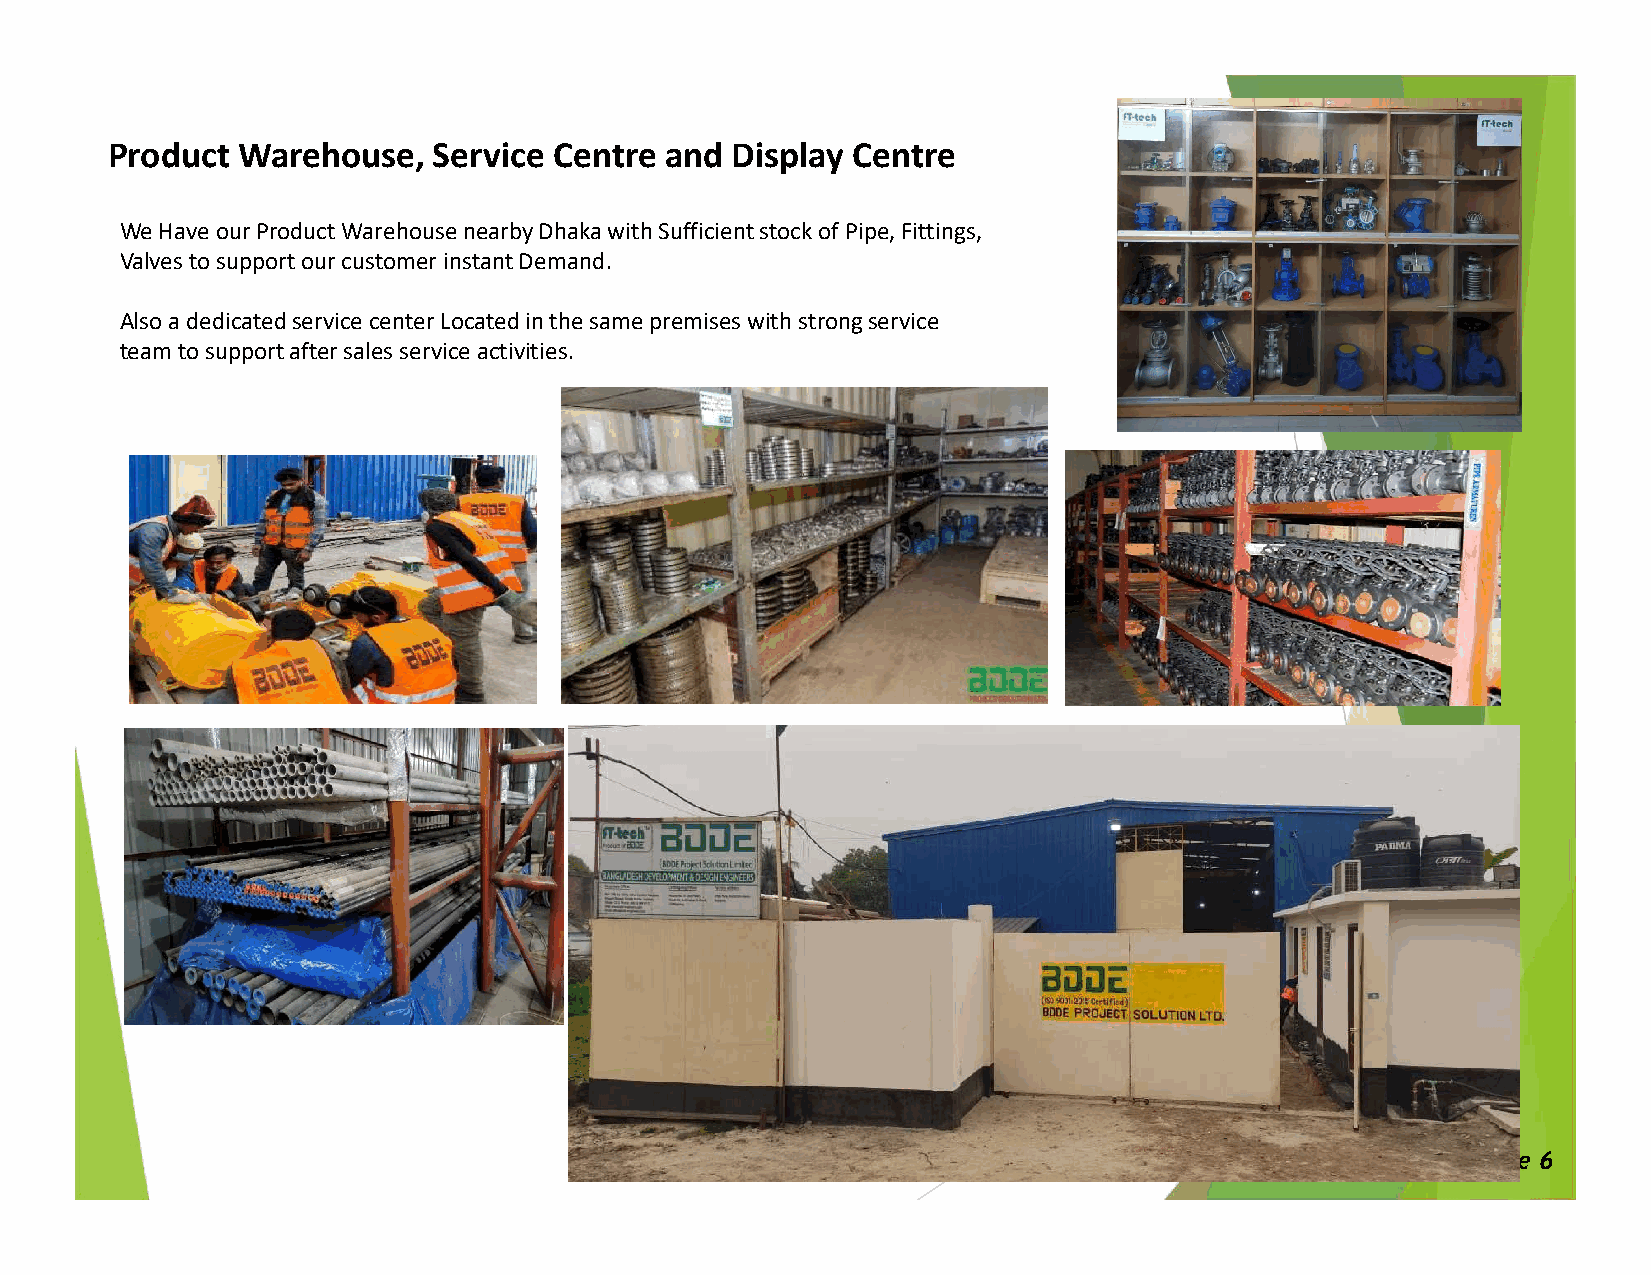
Product  Warehouse,   Service Centre and Display Centre
 We Have ourProduct Warehouse nearby Dhaka with Sufficient stock of Pipe, Fittings,
 Valves to support our customer instant Demand.
 Also a dedicated service center Located in the same premises with strong service
 team to support after sales service activities.
 Page 6